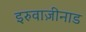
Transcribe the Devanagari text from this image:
इरुवाज़ीनाड